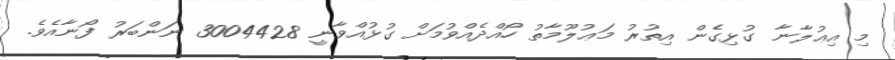
މި އިޢުލާނާ ގުޅިގެން އިތުރު މަޢުލޫމާތު ހޯއްދެއްވުމަށް ގުޅުއްވާނީ 3004428 ނަންބަރު ފޯނާއެވެ.